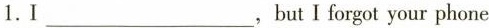
1.I___，but I forgot your phone